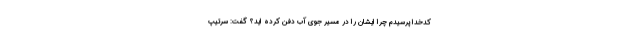
کدخدا پرسیدم چرا ایشان را در مسیر جوی آب دفن کرده اید؟ گفت: سرتیپ